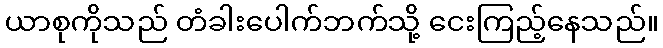
ယာစုကိုသည် တံခါးပေါက်ဘက်သို့ ငေးကြည့်နေသည်။